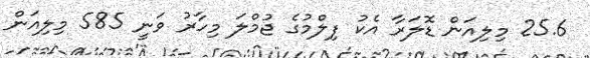
25.6 މިލިއަން ޑޮލަރާ އެކު ފިލްމުގެ ޖުމްލަ މިހާރު ވަނީ 585 މިލިއަން